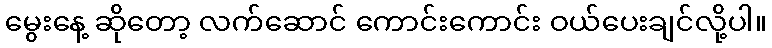
မွေးနေ့ ဆိုတော့ လက်ဆောင် ကောင်းကောင်း ဝယ်ပေးချင်လို့ပါ။